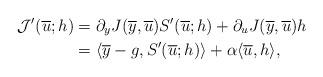
LaTeX: \begin{align*}\mathcal{J}'(\overline{u};h)&=\partial_{y} J(\overline{y},\overline{u}) S'(\overline{u};h) +\partial_{u} J(\overline{y},\overline{u})h \\&=\langle \overline{y}-g, S'(\overline{u};h) \rangle + \alpha \langle \overline{u}, h\rangle,\end{align*}